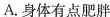
A.身体有点肥胖